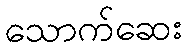
သောက်ဆေး